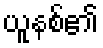
ယူနစ်၏